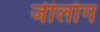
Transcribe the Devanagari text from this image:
जीलाँग